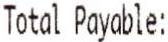
TOTAL PAYABLE: